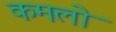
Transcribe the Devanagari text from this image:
कमलो